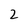
Character: 2